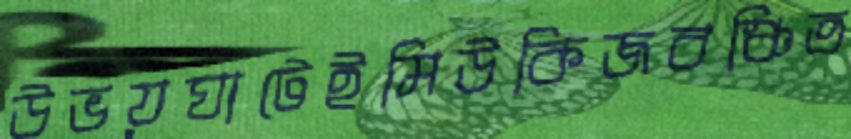
উভয়ঘাটেইমিউকিজবঞ্চিত